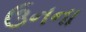
ઉનના